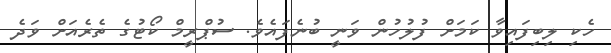
ހެކި ލިބިފައިވާ ކަމަށް ފުލުހުން ވަނީ ބުނެފައެވެ. ސުޕްރީމް ކޯޓުގެ ތެރެއަށް ވަދެ